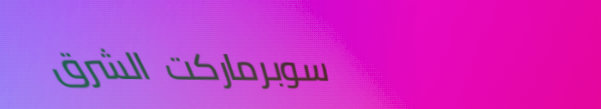
سوبرماركت الشرق